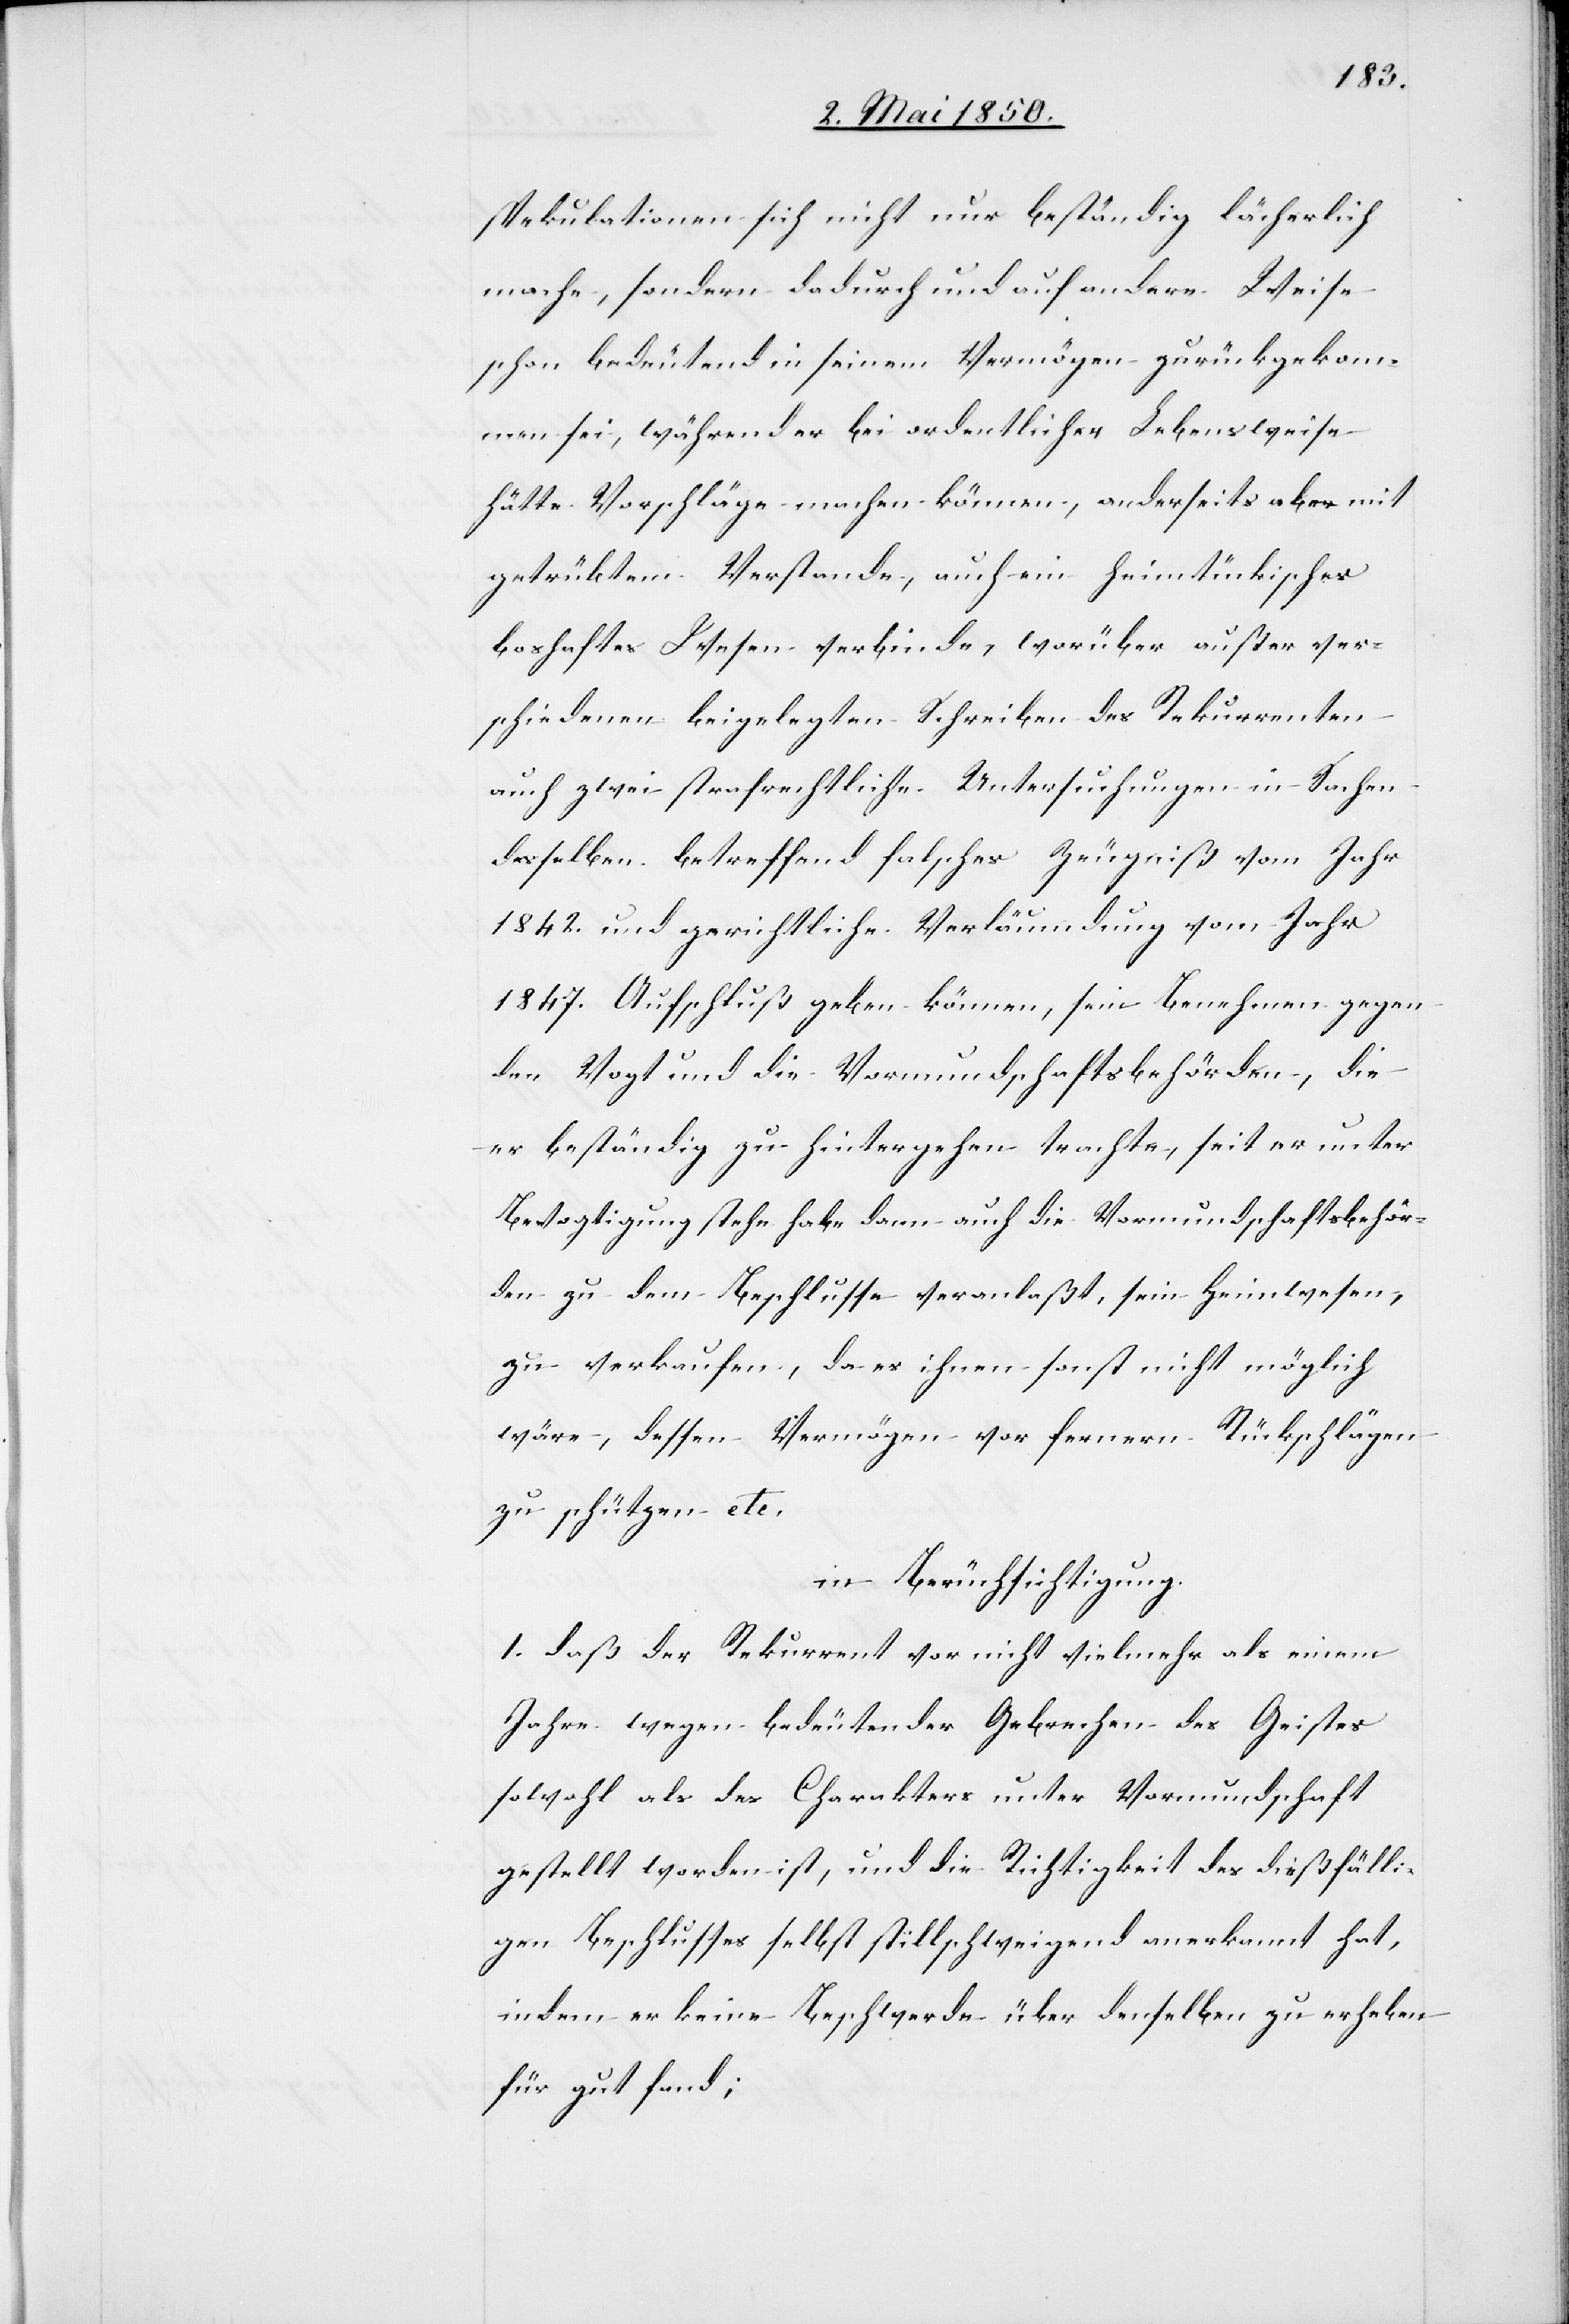
spekulationen sich nicht nur beständig lächerlich
mache, sondern dadurch und auf andere Weise
schon bedeutend in seinem Vermögen zurückgekom¬
men sei, während er bei ordentlicher Lebensweise
hätte Vorschläge machen können, anderseits aber mit
getrübtem Verstande, auch ein heimtückisches
boshaftes Wesen verbinde, worüber außer ver¬
schiedenen beigelegten Schreiben des Rekurrenten
auch zwei strafrechtliche Untersuchungen in Sachen
desselben betreffend solches Zeugniß vom Jahr
1842. und gerichtliche Verläumdung vom Jahr
1847. Aufschluß geben können, sein Benehmen gegen
den Vogt und die Vormundschaftsbehörden, die
er beständig zu hintergehen trachte, seit er unter
Bevogtigung stehe habe dann auch die Vormundschaftsbehör¬
den zu dem Beschlusse veranlaßt, sein Heimwesen,
zu verkaufen, da es ihnen sonst nicht möglich
wäre, dessen Vermögen vor fernern Rückschlägen
zu schützen etc.
in Berücksichtigung.
1. daß der Rekurrent vor nicht vielmehr als einem
Jahre wegen bedeutender Gebrechen des Geistes
sowohl als des Charakters unter Vormundschaft
gestellt worden ist, und die Richtigkeit des dießfälli¬
gen Beschlusses selbst stillschweigend anerkannt hat,
indem er keine Beschwerde über denselben zu erheben
für gut fand;